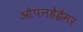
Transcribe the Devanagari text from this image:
ओपनहेईमर